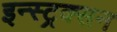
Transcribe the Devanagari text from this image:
इन्स्ट्रक्सन